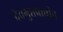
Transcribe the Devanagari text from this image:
देवगुप्तप्राचीन